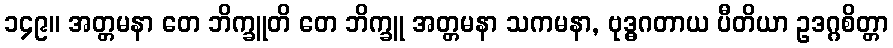
၁၄၉။ အတ္တမနာ တေ ဘိက္ခူတိ တေ ဘိက္ခူ အတ္တမနာ သကမနာ, ဗုဒ္ဓဂတာယ ပီတိယာ ဥဒဂ္ဂစိတ္တာ